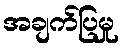
အချက်ပြမှု